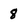
Character: 8